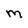
Character: M